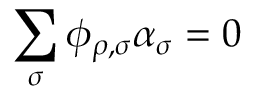
\sum _ { \sigma } \phi _ { \rho , \sigma } \alpha _ { \sigma } = 0